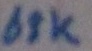
Text: 68K